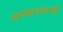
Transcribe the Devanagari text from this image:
सरकारवरची